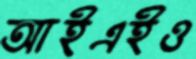
আইএইও